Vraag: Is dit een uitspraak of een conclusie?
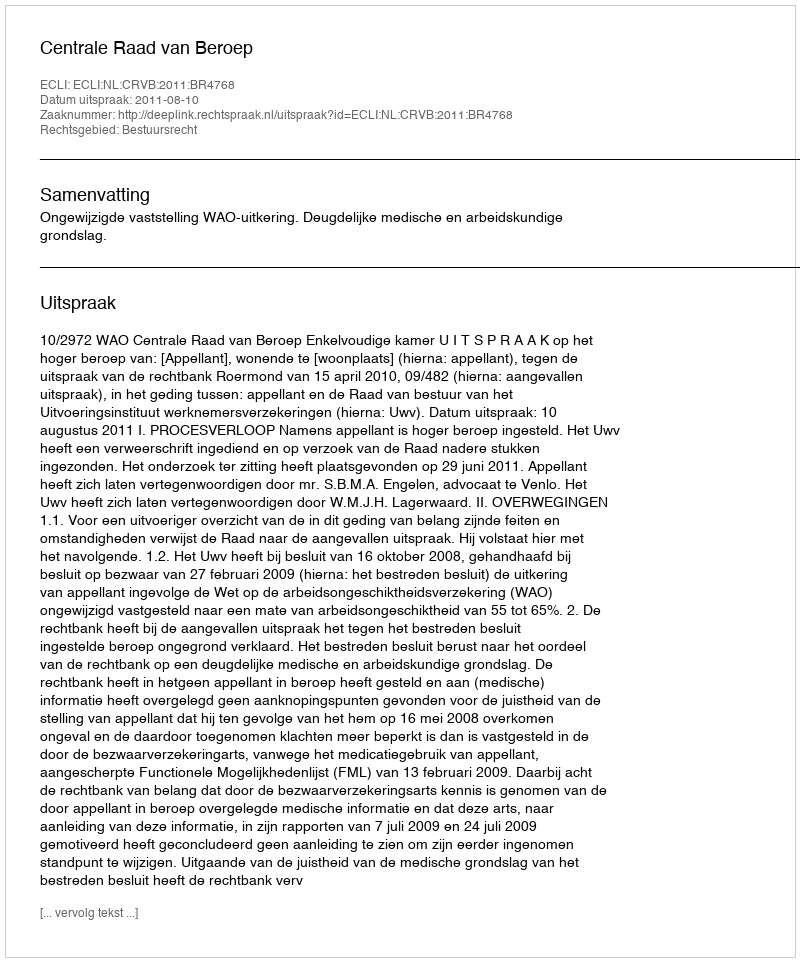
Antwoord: Uitspraak